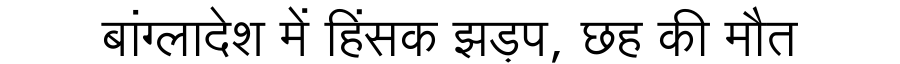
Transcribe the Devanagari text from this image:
बांग्लादेश में हिंसक झड़प, छह की मौत